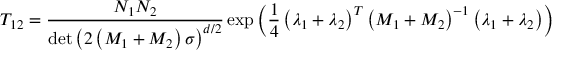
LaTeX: T _ { 1 2 } = \frac { N _ { 1 } N _ { 2 } } { \operatorname * { d e t } \left( 2 \left( M _ { 1 } + M _ { 2 } \right) \sigma \right) ^ { d / 2 } } \exp \left( \frac { 1 } { 4 } \left( \lambda _ { 1 } + \lambda _ { 2 } \right) ^ { T } \left( M _ { 1 } + M _ { 2 } \right) ^ { - 1 } \left( \lambda _ { 1 } + \lambda _ { 2 } \right) \right)